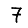
Digit: 7